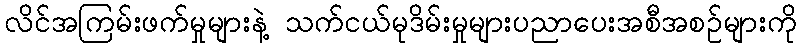
လိင်အကြမ်းဖက်မှုများနဲ့ သက်ငယ်မုဒိမ်းမှုများပညာပေးအစီအစဉ်များကို